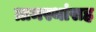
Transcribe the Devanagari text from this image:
ग्रामस्थांसह